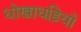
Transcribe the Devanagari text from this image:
धोखाधड़ियों